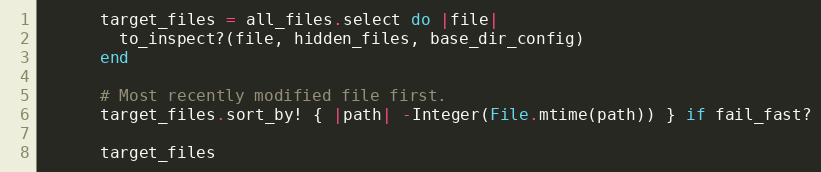
Language: Ruby
      target_files = all_files.select do |file|
        to_inspect?(file, hidden_files, base_dir_config)
      end

      # Most recently modified file first.
      target_files.sort_by! { |path| -Integer(File.mtime(path)) } if fail_fast?

      target_files